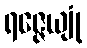
ရဇ္ဇေယျုံ